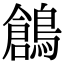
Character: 鶬